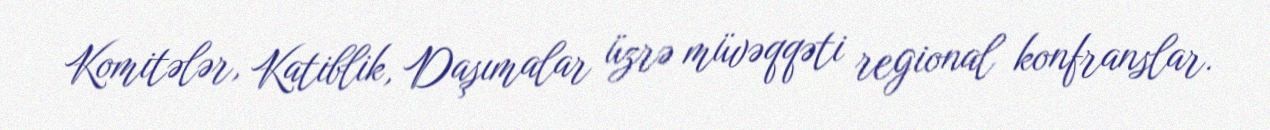
Komitələr, Katiblik, Daşımalar üzrə müvəqqəti regional konfranslar.